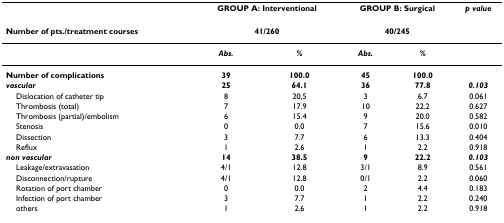
<table><thead><tr><td></td><td colspan="2"><b>GROUP A: Interventional</b></td><td colspan="2"><b>GROUP B: Surgical</b></td><td><b><i>p value</i></b></td></tr></thead><tbody><tr><td><b>Number of pts./treatment courses</b></td><td colspan="2"><b>41/260</b></td><td colspan="2"><b>40/245</b></td><td></td></tr><tr><td></td><td><b><i>Abs.</i></b></td><td><b><i>%</i></b></td><td><b><i>Abs.</i></b></td><td><b><i>%</i></b></td><td></td></tr><tr><td><b>Number of complications</b></td><td><b>39</b></td><td><b>100.0</b></td><td><b>45</b></td><td><b>100.0</b></td><td></td></tr><tr><td><b><i>vascular</i></b></td><td><b>25</b></td><td><b>64.1</b></td><td><b>36</b></td><td><b>77.8</b></td><td><b><i>0.103</i></b></td></tr><tr><td> Dislocation of catheter tip</td><td>8</td><td>20,5</td><td>3</td><td>6.7</td><td>0.061</td></tr><tr><td> Thrombosis (total)</td><td>7</td><td>17.9</td><td>10</td><td>22.2</td><td>0.627</td></tr><tr><td> Thrombosis (partial)/embolism</td><td>6</td><td>15.4</td><td>9</td><td>20.0</td><td>0.582</td></tr><tr><td> Stenosis</td><td>0</td><td>0.0</td><td>7</td><td>15.6</td><td>0.010</td></tr><tr><td> Dissection</td><td>3</td><td>7.7</td><td>6</td><td>13.3</td><td>0.404</td></tr><tr><td> Reflux</td><td>1</td><td>2.6</td><td>1</td><td>2.2</td><td>0.918</td></tr><tr><td><b><i>non vascular</i></b></td><td><b>14</b></td><td><b>38.5</b></td><td><b>9</b></td><td><b>22.2</b></td><td><b><i>0.103</i></b></td></tr><tr><td> Leakage/extravasation</td><td>4/1</td><td>12.8</td><td>3/1</td><td>8.9</td><td>0.561</td></tr><tr><td> Disconnection/rupture</td><td>4/1</td><td>12.8</td><td>0/1</td><td>2.2</td><td>0.060</td></tr><tr><td> Rotation of port chamber</td><td>0</td><td>0.0</td><td>2</td><td>4.4</td><td>0.183</td></tr><tr><td> Infection of port chamber</td><td>3</td><td>7.7</td><td>1</td><td>2.2</td><td>0.240</td></tr><tr><td> others</td><td>1</td><td>2.6</td><td>1</td><td>2.2</td><td>0.918</td></tr></tbody></table>